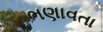
ભણાવતા